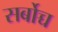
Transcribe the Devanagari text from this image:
सर्बोच्च